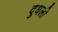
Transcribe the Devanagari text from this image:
दुधली